Source: Handwritten
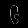
Digit: ၆ (6)